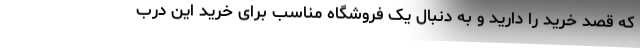
که قصد خرید را دارید و به دنبال یک فروشگاه مناسب برای خرید این درب